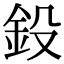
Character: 鈠